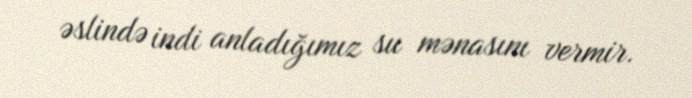
əslində indi anladığımız su mənasını vermir.